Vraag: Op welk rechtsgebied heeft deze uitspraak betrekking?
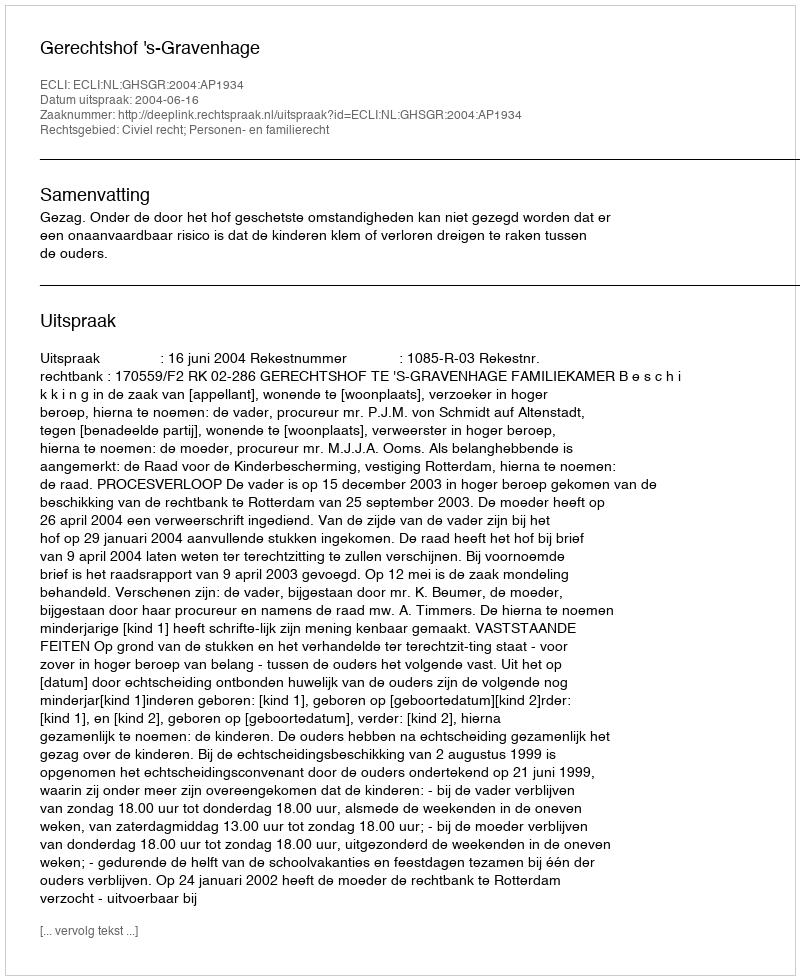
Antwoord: Civiel recht; Personen- en familierecht